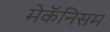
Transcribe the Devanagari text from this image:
मेकॅनिसम